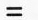
=